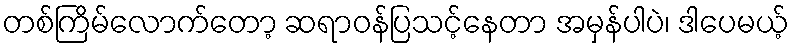
တစ်ကြိမ်လောက်တော့ ဆရာဝန်ပြသင့်နေတာ အမှန်ပါပဲ၊ ဒါပေမယ့်